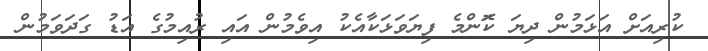
ކުރިއަށް އަޅަމުން ދިޔަ ކޮަންމެ ފިޔަވަޅަކާއެކު އިވެމުން އައި ރުއިމުގެ އަޑު ގަދަވަމުން